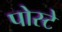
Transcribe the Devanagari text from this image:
पोस्टे